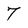
Character: 7